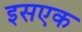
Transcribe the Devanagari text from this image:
इसएक